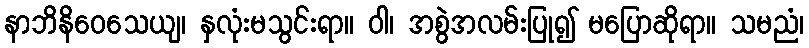
နာဘိနိဝေသေယျ၊ နှလုံးမသွင်းရာ။ ဝါ၊ အစွဲအလမ်းပြု၍ မပြောဆိုရာ။ သမညံ၊